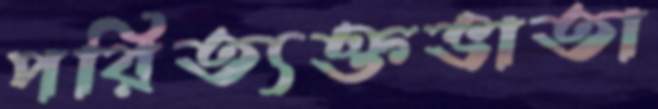
পরিত্যক্তভাতা